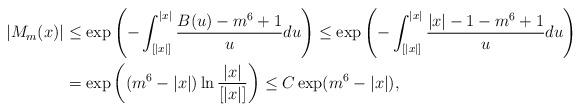
LaTeX: \begin{align*} |M_m(x)|&\leq\exp\left(-\int_{[|x|]}^{|x|}\frac{B(u)-m^6+1}{u}du\right)\leq \exp\left(-\int_{[|x|]}^{|x|}\frac{|x|-1-m^6+1}{u}du\right)\\ &=\exp\left((m^6-|x|)\ln\frac{|x|}{[|x|]}\right) \leq C\exp(m^6-|x|),\end{align*}